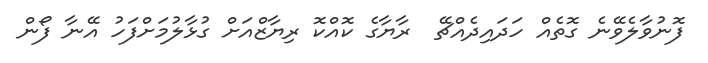
ފޮނުވާލެވޭނެ ގޮތެއް ހަދައިދެއްޗޭ  ރާޔާގެ ކޮއްކޮ ރިޔާޒްއަށް ގުޅާލުމަށްފަހު އޭނާ ފޯން